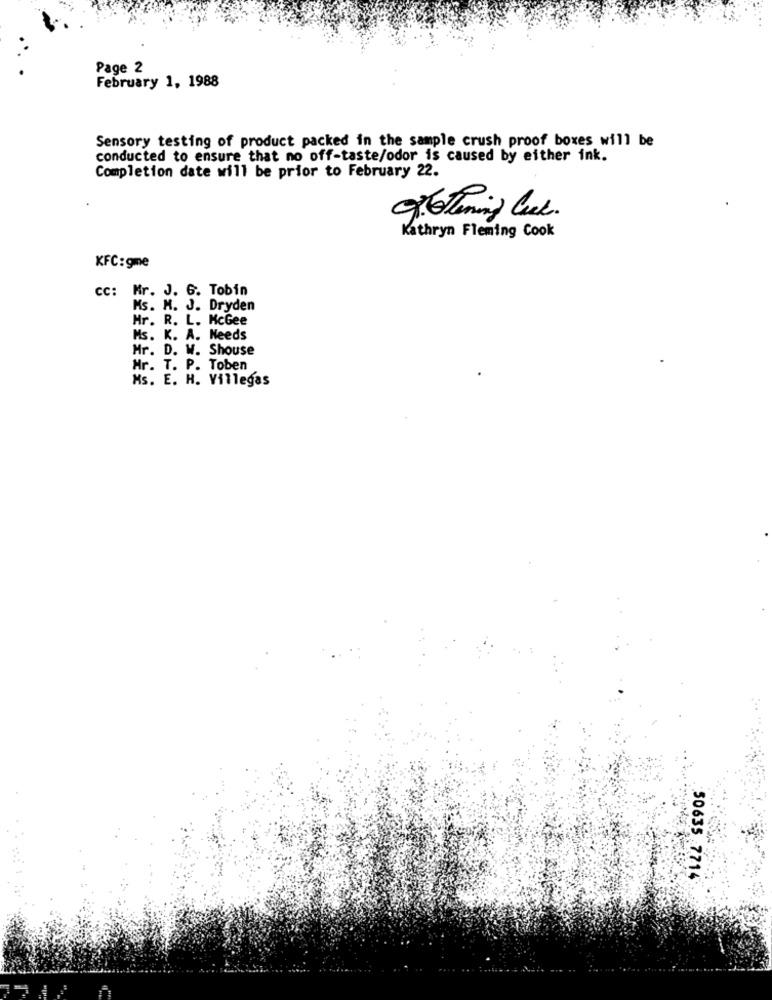
Page 2
February 1, 1988
Sensory testing of product packed in the sample crush proof boxes will be
conducted to ensure that no off-taste/odor is caused by either ink.
Completion date will be prior to February 22.
Kathryn Fleming Cook
KFC: gme
cc: Mr. J. G. Tobin
Ms. M. J. Dryden
Mr. R. L. McGee
Ms. K. A. Needs
Mr. D. W. Shouse
Mr. T. P. Toben
Ms. E. H. Villegas
50635 7714